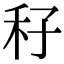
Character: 秄